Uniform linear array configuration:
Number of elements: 8
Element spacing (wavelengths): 0.25
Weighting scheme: uniform
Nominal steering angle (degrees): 30
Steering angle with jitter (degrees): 28.924
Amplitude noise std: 0.05
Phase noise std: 0.05

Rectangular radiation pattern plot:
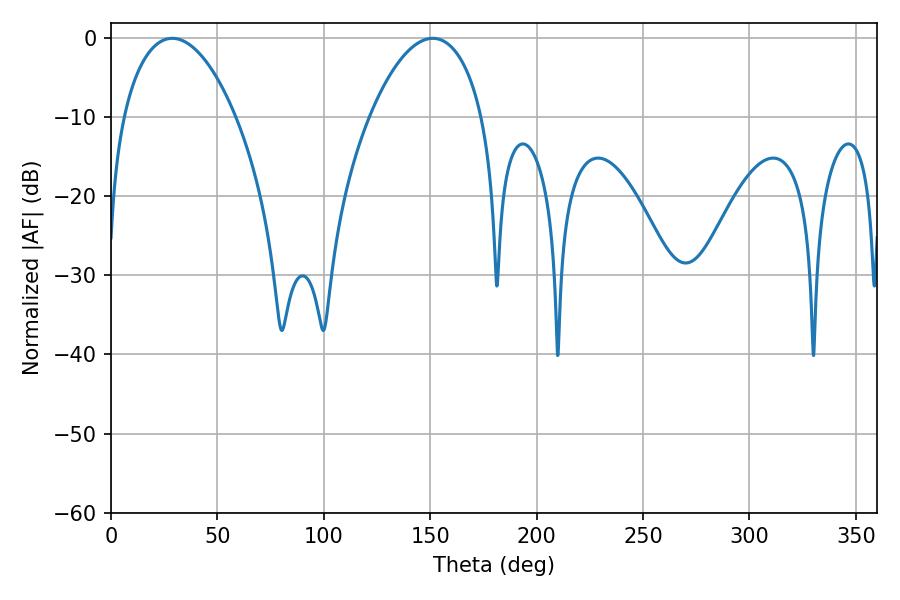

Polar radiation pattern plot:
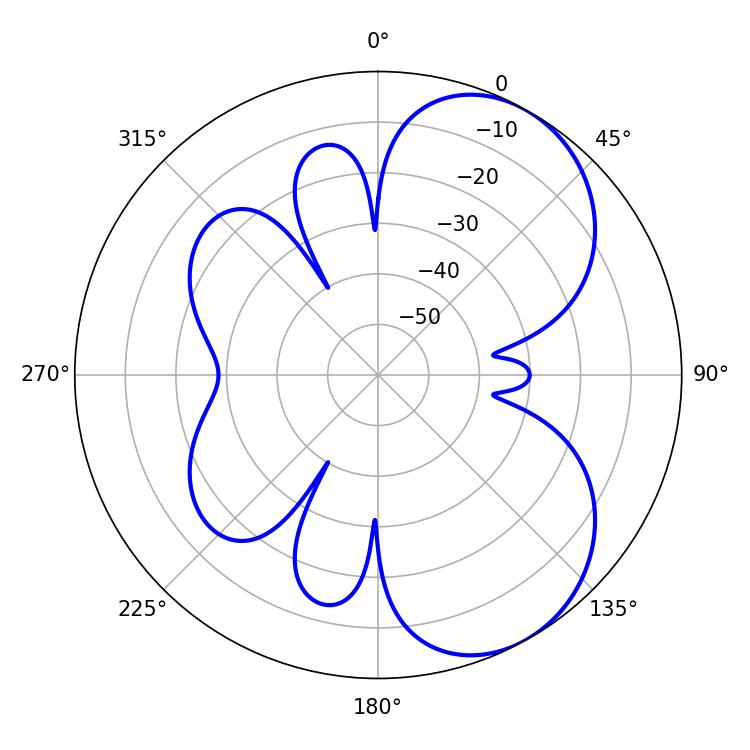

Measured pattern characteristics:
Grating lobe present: FALSE
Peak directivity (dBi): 5.83
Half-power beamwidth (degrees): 29.88
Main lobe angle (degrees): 28.8